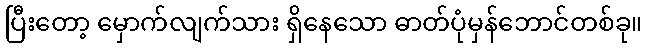
ပြီးတော့ မှောက်လျက်သား ရှိနေသော ဓာတ်ပုံမှန်ဘောင်တစ်ခု။